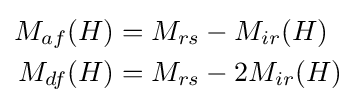
{\begin{aligned}M_{af}(H)&=M_{rs}-M_{ir}(H)\\M_{df}(H)&=M_{rs}-2M_{ir}(H)\end{aligned}}